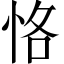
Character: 恪